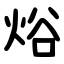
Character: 焀